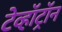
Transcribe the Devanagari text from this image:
टेव्हॉट्रॉन